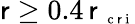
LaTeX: \mathsf{r}\ge0.4\, \mathsf{r}_{\mathrm{{~\scriptsize~c~\mathsf{r}~i~}}}